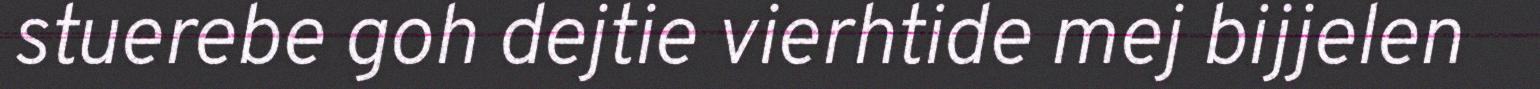
stuerebe goh dejtie vierhtide mej bijjelen